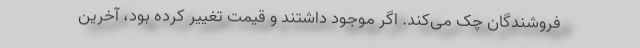
فروشندگان چک می‌کند. اگر موجود داشتند و قیمت تغییر کرده بود، آخرین